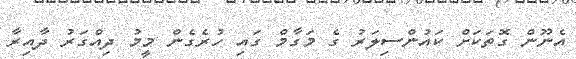
އެނޫން ގޮތަކަށް ކައުންސިލަރު ގެ މަގާމް ގައި ހުރެގެން މީމު ދިއްގަރު ދާއިރާ